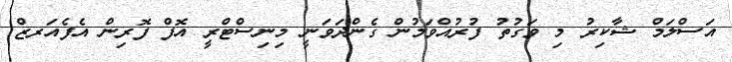
އަސްލަމް ޝާކިރު މި ވަގުތު ފުރުއްވަމުން ގެންދަވަނީ މިނިސްޓްރީ އޮފް ފޮރިން އެފެއަރޒް